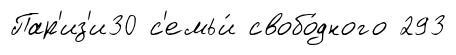
Пар'из'и30 с'емьи́ свобо́дного 293